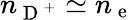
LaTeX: n_{\mathrm{~D~}^{+}}\simeq n_{\mathrm{~e~}}